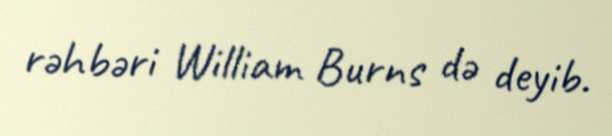
rəhbəri William Burns də deyib.